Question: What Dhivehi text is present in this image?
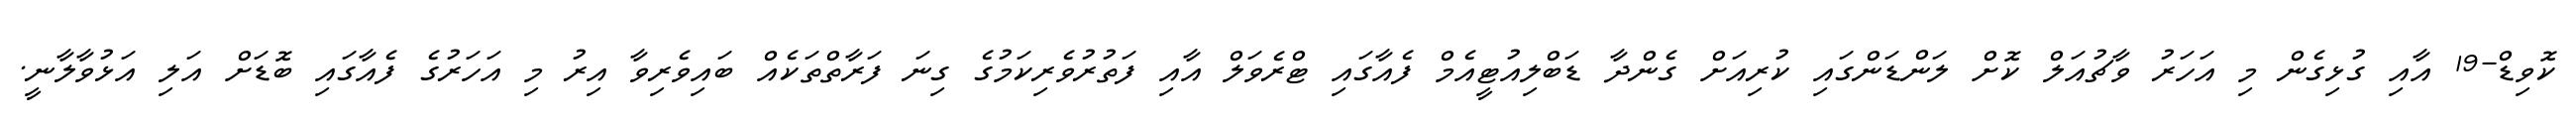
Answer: ކޮވިޑް-19 އާއި ގުޅިގެން މި އަހަރު ވާޗުއަލް ކޮށް ލަންޑަންގައި ކުރިއަށް ގެންދާ ޑަބްލިއުޓީއެމް ފެއާގައި ޓްރެވަލް އާއި ފަތުރުވެރިކަމުގެ ގިނަ ފަރާތްތަކެއް ބައިވެރިވާ އިރު މި އަހަރުގެ ފެއާގައި ބޮޑަށް އަލި އަޅުވާލާނީ.